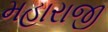
મહારાજી